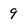
Character: 9